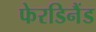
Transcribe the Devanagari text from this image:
फेरडिनैंड